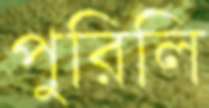
পুরিলি